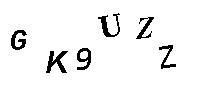
GK9UZZ